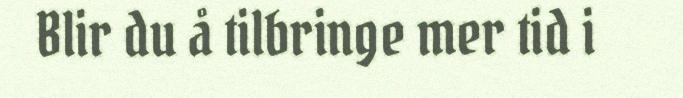
Blir du å tilbringe mer tid i